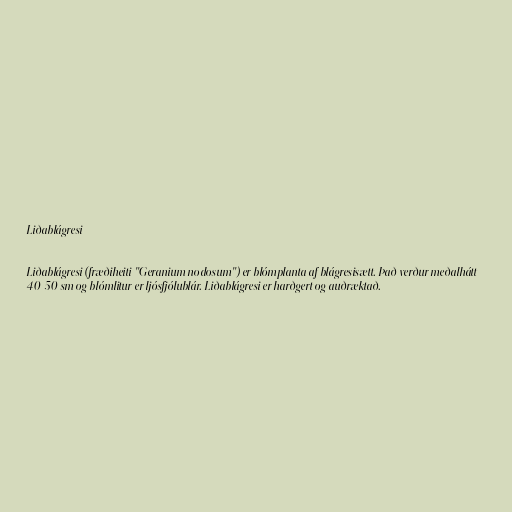
Liðablágresi

Liðablágresi (fræðiheiti "Geranium nodosum") er blómplanta af blágresisætt. Það verður meðalhátt
40-50 sm og blómlitur er ljósfjólublár. Liðablágresi er harðgert og auðræktað.